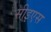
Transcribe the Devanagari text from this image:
सीइएस